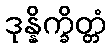
ဒုန္နိက္ခိတ္တံ